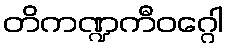
တိကဏ္ဍကီဝဂ္ဂေါ